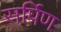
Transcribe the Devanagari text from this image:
सर्पिण